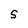
Character: S